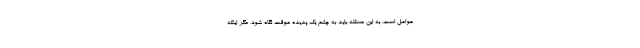
عوامل است. به این مسئله باید به چشم یک پدیده موقت نگاه شود، مگر اینکه